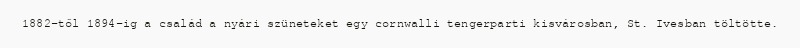
1882-től 1894-ig a család a nyári szüneteket egy cornwalli tengerparti kisvárosban, St. Ivesban töltötte.